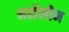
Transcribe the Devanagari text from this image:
मर्सेलीन